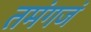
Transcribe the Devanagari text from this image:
तमंगजं